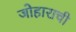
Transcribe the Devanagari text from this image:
जोहाराची